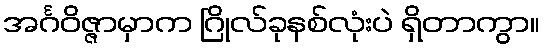
အင်္ဂဝိဇ္ဇာမှာက ဂြိုလ်ခုနစ်လုံးပဲ ရှိတာကွာ။